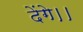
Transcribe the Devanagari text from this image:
देंगे।।